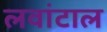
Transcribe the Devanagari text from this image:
लवांटाल